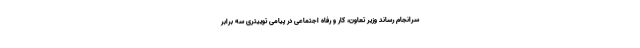
سرانجام رساند وزیر تعاون، کار و رفاه اجتماعی در پیامی توییتری سه برابر